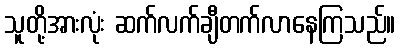
သူတို့အားလုံး ဆက်လက်ချီတက်လာနေကြသည်။